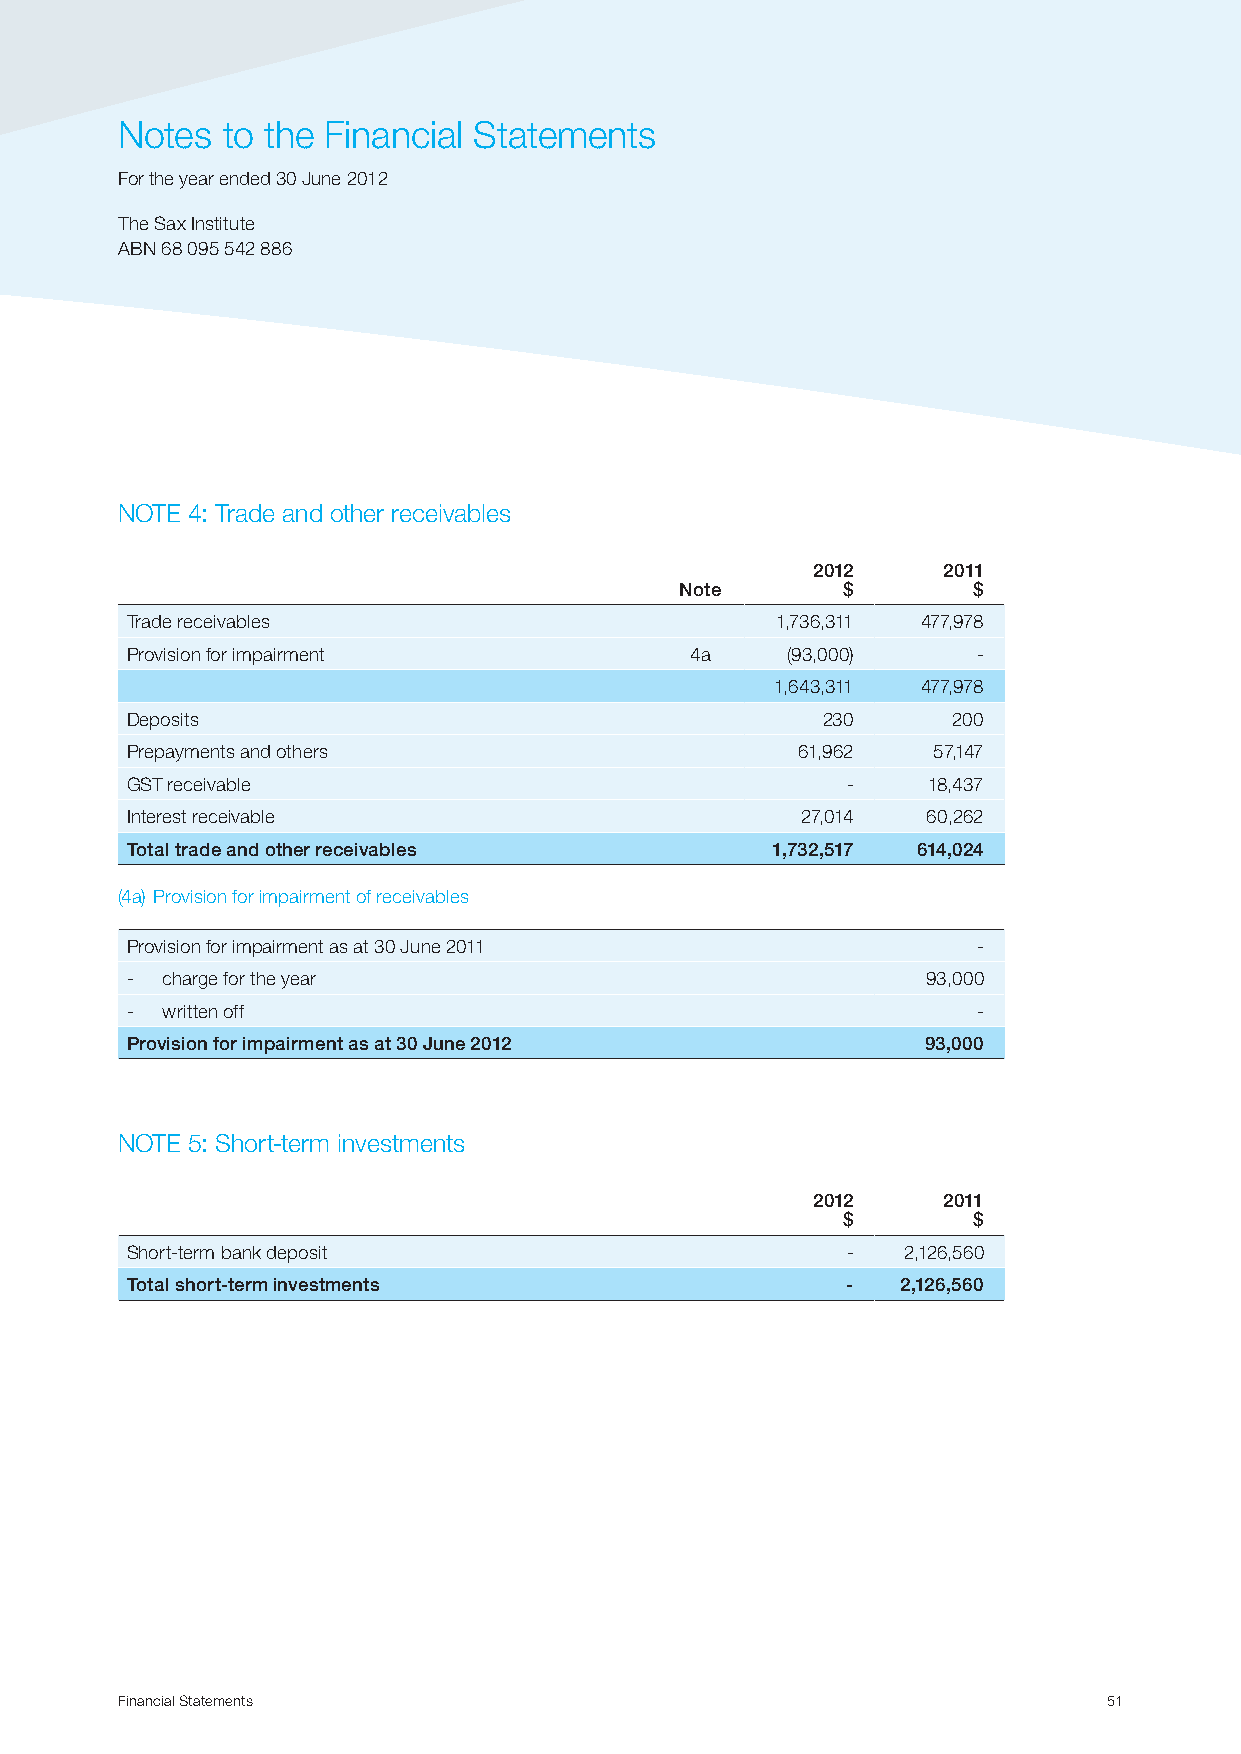
Notes  to the Financial Statements
 For the year ended 30 June 2012
 The Sax Institute
 ABN 68 095 542 886
 NOTE 4: Trade and other receivables
 2012    2011
 Note       $       $
 Trade receivables                          1,736,311 477,978
 Provision for impairment              4a    (93,000)     -
 1,643,311 477,978
 Deposits                                      230      200
 Prepayments and others                       61,962   57,147
 GST receivable                                  -    18,437
 Interest receivable                          27,014  60,262
 Total trade and other receivables          1,732,517 614,024
 (4a) Provision for impairment of receivables
 Provision for impairment as at 30 June 2011              -
 -  charge for the year                               93,000
 -  written off                                           -
 Provision for impairment as at 30 June 2012          93,000
 NOTE 5: Short-term investments
 2012    2011
 $       $
 Short-term bank deposit                         -   2,126,560
 Total short-term investments                    -   2,126,560
 Financial Statements                                             51